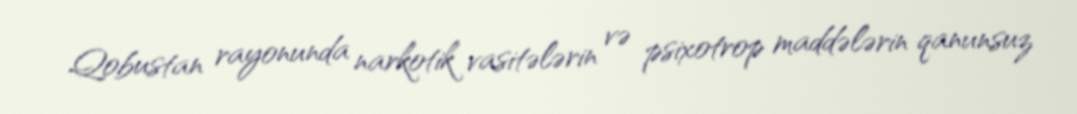
Qobustan rayonunda narkotik vasitələrin və psixotrop maddələrin qanunsuz